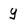
Character: y